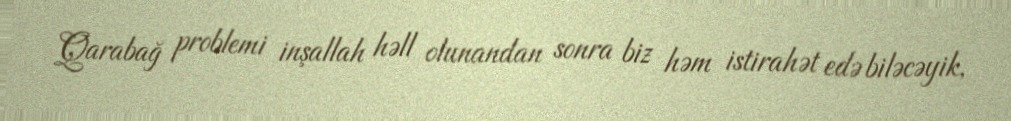
Qarabağ problemi inşallah həll olunandan sonra biz həm istirahət edə biləcəyik,